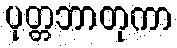
ပုတ္တဘာတုကာ